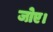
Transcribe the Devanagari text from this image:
जोए।